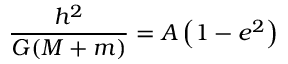
{ \frac { h ^ { 2 } } { G ( M + m ) } } = A \left( 1 - e ^ { 2 } \right)